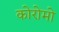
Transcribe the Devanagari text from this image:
कोरोमो